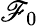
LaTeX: \mathscr{F}_{0}